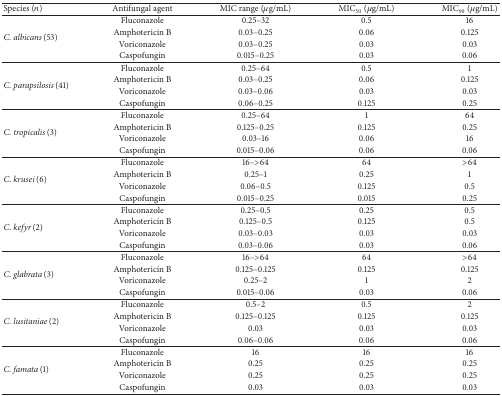
<table><thead><tr><td><b>Species (<i>n</i>)</b></td><td><b>Antifungal agent</b></td><td><b>MIC range (<i>μ</i>g/mL)</b></td><td><b>MIC<sub>50</sub> (<i>μ</i>g/mL)</b></td><td><b>MIC<sub>90</sub> (<i>μ</i>g/mL)</b></td></tr></thead><tbody><tr><td rowspan="4"><i>C. albicans </i>(53)</td><td>Fluconazole</td><td>0.25–32</td><td>0.5</td><td>16</td></tr><tr><td>Amphotericin B</td><td>0.03–0.25</td><td>0.06</td><td>0.125</td></tr><tr><td>Voriconazole</td><td>0.03–0.25</td><td>0.03</td><td>0.03</td></tr><tr><td>Caspofungin</td><td>0.015–0.25</td><td>0.03</td><td>0.06</td></tr><tr><td rowspan="4"><i>C. parapsilosis </i>(41)</td><td>Fluconazole</td><td>0.25–64</td><td>0.5</td><td>1</td></tr><tr><td>Amphotericin B</td><td>0.03–0.25</td><td>0.06</td><td>0.125</td></tr><tr><td>Voriconazole</td><td>0.03–0.06</td><td>0.03</td><td>0.03</td></tr><tr><td>Caspofungin</td><td>0.06–0.25</td><td>0.125</td><td>0.25</td></tr><tr><td rowspan="4"><i>C. tropicalis </i>(3)</td><td>Fluconazole</td><td>0.25–64</td><td>1</td><td>64</td></tr><tr><td>Amphotericin B</td><td>0.125–0.25</td><td>0.125</td><td>0.25</td></tr><tr><td>Voriconazole</td><td>0.03–16</td><td>0.06</td><td>16</td></tr><tr><td>Caspofungin</td><td>0.015–0.06</td><td>0.06</td><td>0.06</td></tr><tr><td rowspan="4"><i>C. krusei </i>(6)</td><td>Fluconazole</td><td>16–&gt;64</td><td>64</td><td>&gt;64</td></tr><tr><td>Amphotericin B</td><td>0.25–1</td><td>0.25</td><td>1</td></tr><tr><td>Voriconazole</td><td>0.06–0.5</td><td>0.125</td><td>0.5</td></tr><tr><td>Caspofungin</td><td>0.015–0.25</td><td>0.015</td><td>0.25</td></tr><tr><td rowspan="4"><i>C. kefyr </i>(2)</td><td>Fluconazole</td><td>0.25–0.5</td><td>0.25</td><td>0.5</td></tr><tr><td>Amphotericin B</td><td>0.125–0.5</td><td>0.125</td><td>0.5</td></tr><tr><td>Voriconazole</td><td>0.03–0.03</td><td>0.03</td><td>0.03</td></tr><tr><td>Caspofungin</td><td>0.03–0.06</td><td>0.03</td><td>0.06</td></tr><tr><td rowspan="4"><i>C. glabrata </i>(3)</td><td>Fluconazole</td><td>16–&gt;64</td><td>64</td><td>&gt;64</td></tr><tr><td>Amphotericin B</td><td>0.125–0.125</td><td>0.125</td><td>0.125</td></tr><tr><td>Voriconazole</td><td>0.25–2</td><td>1</td><td>2</td></tr><tr><td>Caspofungin</td><td>0.015–0.06</td><td>0.03</td><td>0.06</td></tr><tr><td rowspan="4"><i>C. lusitaniae </i>(2)</td><td>Fluconazole</td><td>0.5–2</td><td>0.5</td><td>2</td></tr><tr><td>Amphotericin B</td><td>0.125–0.125</td><td>0.125</td><td>0.125</td></tr><tr><td>Voriconazole</td><td>0.03</td><td>0.03</td><td>0.03</td></tr><tr><td>Caspofungin</td><td>0.06–0.06</td><td>0.06</td><td>0.06</td></tr><tr><td rowspan="4"><i>C. famata </i>(1)</td><td>Fluconazole</td><td>16</td><td>16</td><td>16</td></tr><tr><td>Amphotericin B</td><td>0.25</td><td>0.25</td><td>0.25</td></tr><tr><td>Voriconazole</td><td>0.25</td><td>0.25</td><td>0.25</td></tr><tr><td>Caspofungin</td><td>0.03</td><td>0.03</td><td>0.03</td></tr></tbody></table>